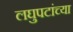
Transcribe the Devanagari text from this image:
लघुपटांच्या